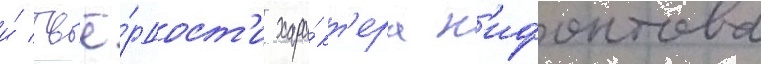
и́ тв'ё́рдост'и хара́кт'ера н'ифонтова